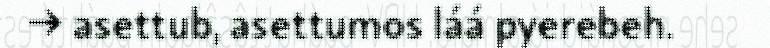
→ asettub, asettumos láá pyerebeh.